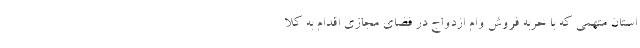
استان متهمی که با حربه فروش وام ازدواج در فضای مجازی اقدام به کلا